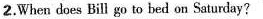
2.When does Bill go to hed on Saturday?